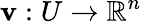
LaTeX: \mathbf{v}:U\to\mathbb{R}^{n}